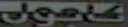
كاجمل